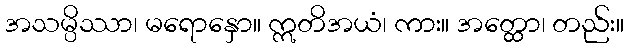
အသမ္ပိဿာ၊ မရောနှော။ ဣတိအယံ၊ ကား။ အတ္ထော၊ တည်း။